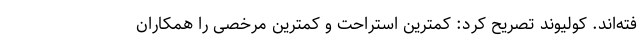
فته‌اند. کولیوند تصریح کرد: کمترین استراحت و کمترین مرخصی را همکاران